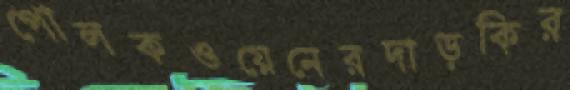
পোলকওয়েনেরদাড়কির